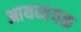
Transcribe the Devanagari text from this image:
आयव्ययक